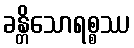
ခန္တိသောရစ္စဿ